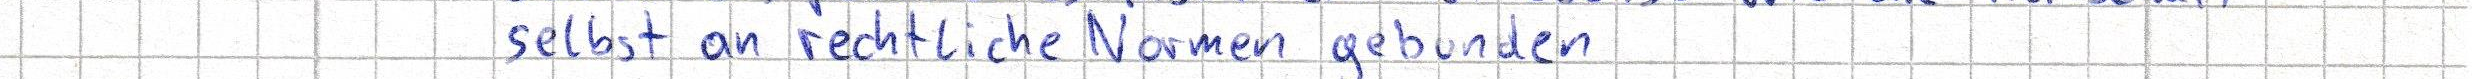
selbst an rechtliche Normen gebunden